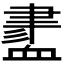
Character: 𧗁